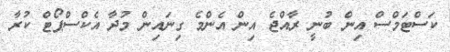
ކަސްޓަމްސް އިން ބުނީ ރާއްޖެ އިން އެންމެ ގިނައިން މުދާ އެކްސްޕޯޓް ކުރާ